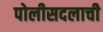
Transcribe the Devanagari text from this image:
पोलीसदलाची